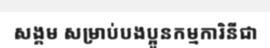
សង្គម សម្រាប់បងប្អូនកម្មការិនីជា